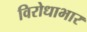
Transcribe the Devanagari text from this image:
विरोधाभार